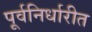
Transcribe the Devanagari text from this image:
पूर्वनिर्धारीत